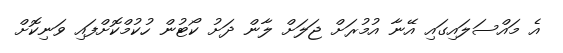
އެ މައްސަލައިގައި އޭނާ އުމުރަށް ޖަލަށް ލާން ދަށު ކޯޓުން ހުކުމްކޮށްފައި ވަނިކޮށް